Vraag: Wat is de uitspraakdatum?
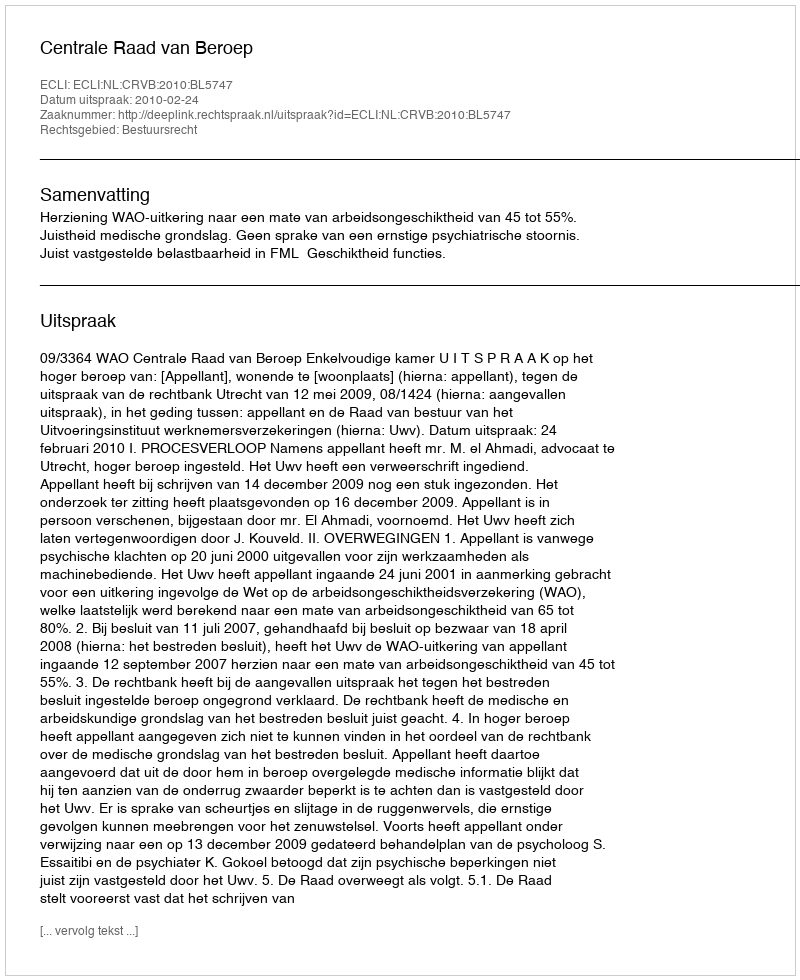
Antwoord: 2010-02-24